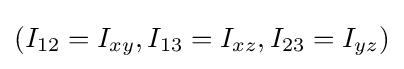
(I_{12}=I_{xy},I_{13}=I_{xz},I_{23}=I_{yz})